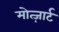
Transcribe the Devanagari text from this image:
मोत्ज़ार्ट